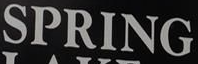
SPRING